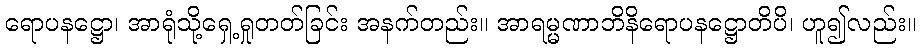
ရောပနဋ္ဌော၊ အာရုံသို့ရှေ့ရှုတတ်ခြင်း အနက်တည်း။ အာရမ္မဏာဘိနိရောပနဋ္ဌောတိပိ၊ ဟူ၍လည်း။